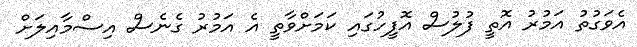
އެވަގުތު އަމުރު އޮތީ ފުލުސް އޮފީހުގައި ކަމަށްވާތީ އެ އަމުރު ގެނެސް އިސްމާއިލަށް